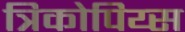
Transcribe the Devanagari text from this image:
त्रिकोपिय्स